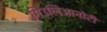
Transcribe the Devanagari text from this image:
गिउलिआनोटी